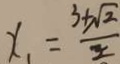
x _ { 1 } = \frac { 3 + \sqrt { 2 } } { 2 }